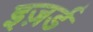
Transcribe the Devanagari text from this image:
इज़र्ड